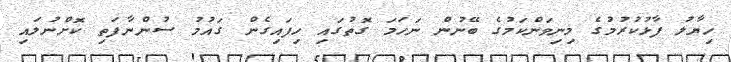
ހިޔާލު ފާޅުކުރުމުގެ މިނިވަންކަމުގެ ބޭނުން ނަހަަމަ ގޮތުގައި ހިފައިގެން ގައުމު ސުންނާފަތި ކޮށްނުލައި